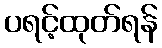
ပရင့်ထုတ်ရန်